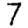
Digit: 7